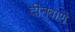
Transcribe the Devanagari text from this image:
दीनवाणे